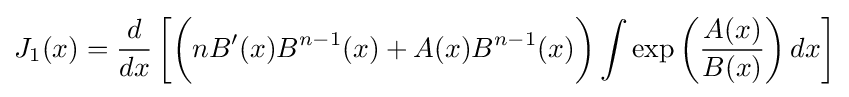
J_{1}(x)={\frac {d}{dx}}\left[{\bigg (}nB'(x)B^{n-1}(x)+A(x)B^{n-1}(x){\bigg )}\int \exp \left({\frac {A(x)}{B(x)}}\right)dx\right]